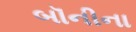
બૉનીના